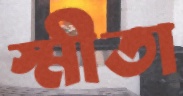
স্মীতা